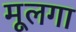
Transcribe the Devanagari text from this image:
मूलगा